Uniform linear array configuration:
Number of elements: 48
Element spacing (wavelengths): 0.5
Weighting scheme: exponential
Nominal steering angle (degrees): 60
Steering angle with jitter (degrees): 59.719
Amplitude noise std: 0.05
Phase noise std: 0.05

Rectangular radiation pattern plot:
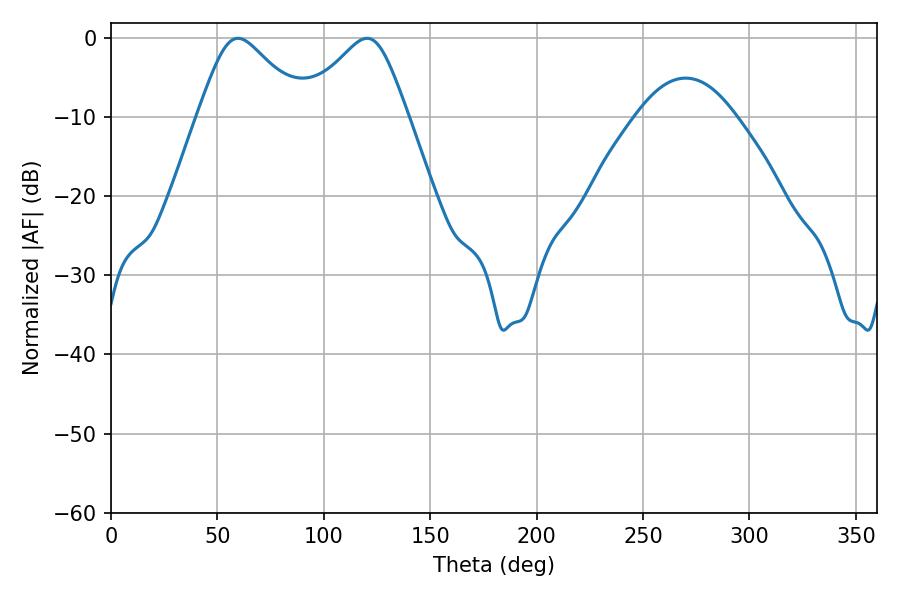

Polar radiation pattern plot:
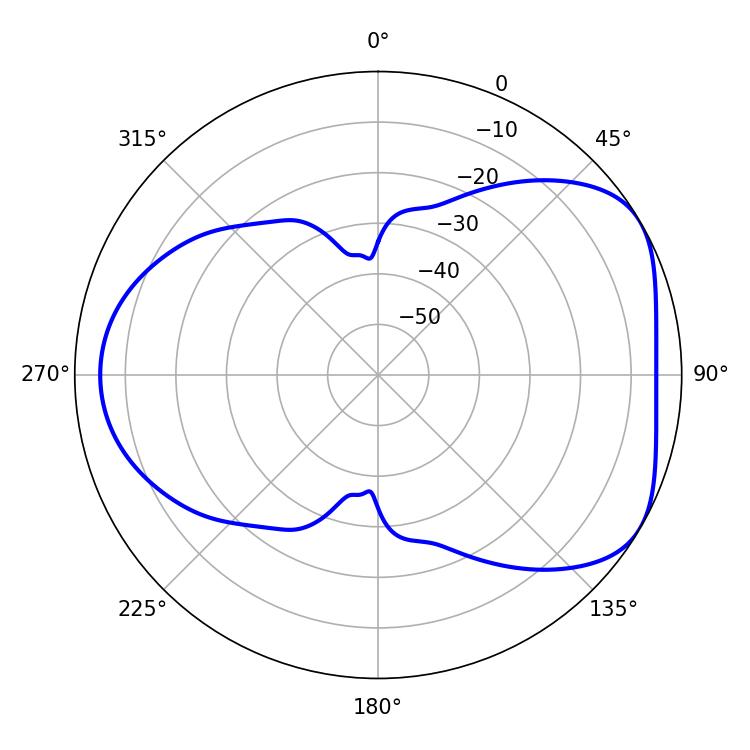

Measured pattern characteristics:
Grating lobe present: FALSE
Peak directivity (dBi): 4.894
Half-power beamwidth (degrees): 24.3
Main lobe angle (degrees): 59.76